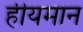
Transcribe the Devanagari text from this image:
हीयमान